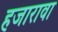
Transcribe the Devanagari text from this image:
हजारावा